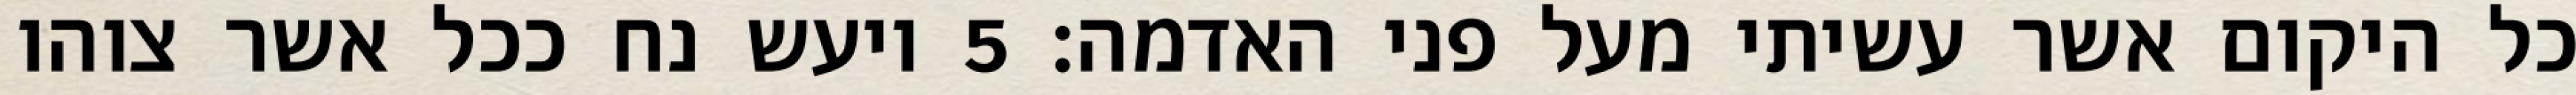
כל היקום אשר עשיתי מעל פני האדמה׃ ‎5‏ ויעש נח ככל אשר צוהו